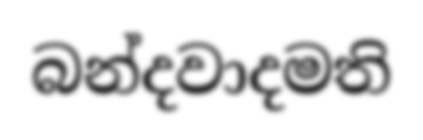
බන්දවාදමති